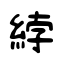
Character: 綍